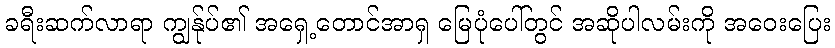
ခရီးဆက်လာရာ ကျွန်ုပ်၏ အရှေ့တောင်အာရှ မြေပုံပေါ်တွင် အဆိုပါလမ်းကို အဝေးပြေး